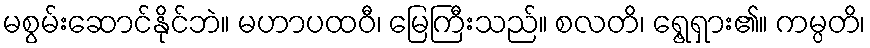
မစွမ်းဆောင်နိုင်ဘဲ။ မဟာပထဝီ၊ မြေကြီးသည်။ စလတိ၊ ရွေ့ရှား၏။ ကမ္ပတိ၊